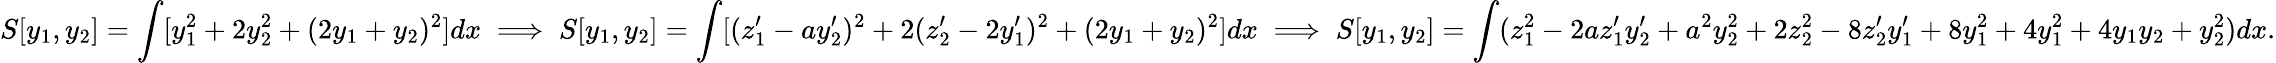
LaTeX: S[y_{1},y_{2}]=\int[y_{1}^{2}+2y_{2}^{2}+(2y_{1}+y_{2})^{2}]dx\implies S[y_{1},y_{2}]=\int[(z_{1}^{\prime}-ay_{2}^{\prime})^{2}+2(z_{2}^{\prime}-2y_{1}^{\prime})^{2}+(2y_{1}+y_{2})^{2}]dx\implies S[y_{1},y_{2}]=\int(z_{1}^{2}-2az_{1}^{\prime}y_{2}^{\prime}+a^{2}y_{2}^{2}+2z_{2}^{2}-8z_{2}^{\prime}y_{1}^{\prime}+8y_{1}^{2}+4y_{1}^{2}+4y_{1}y_{2}+y_{2}^{2})dx.